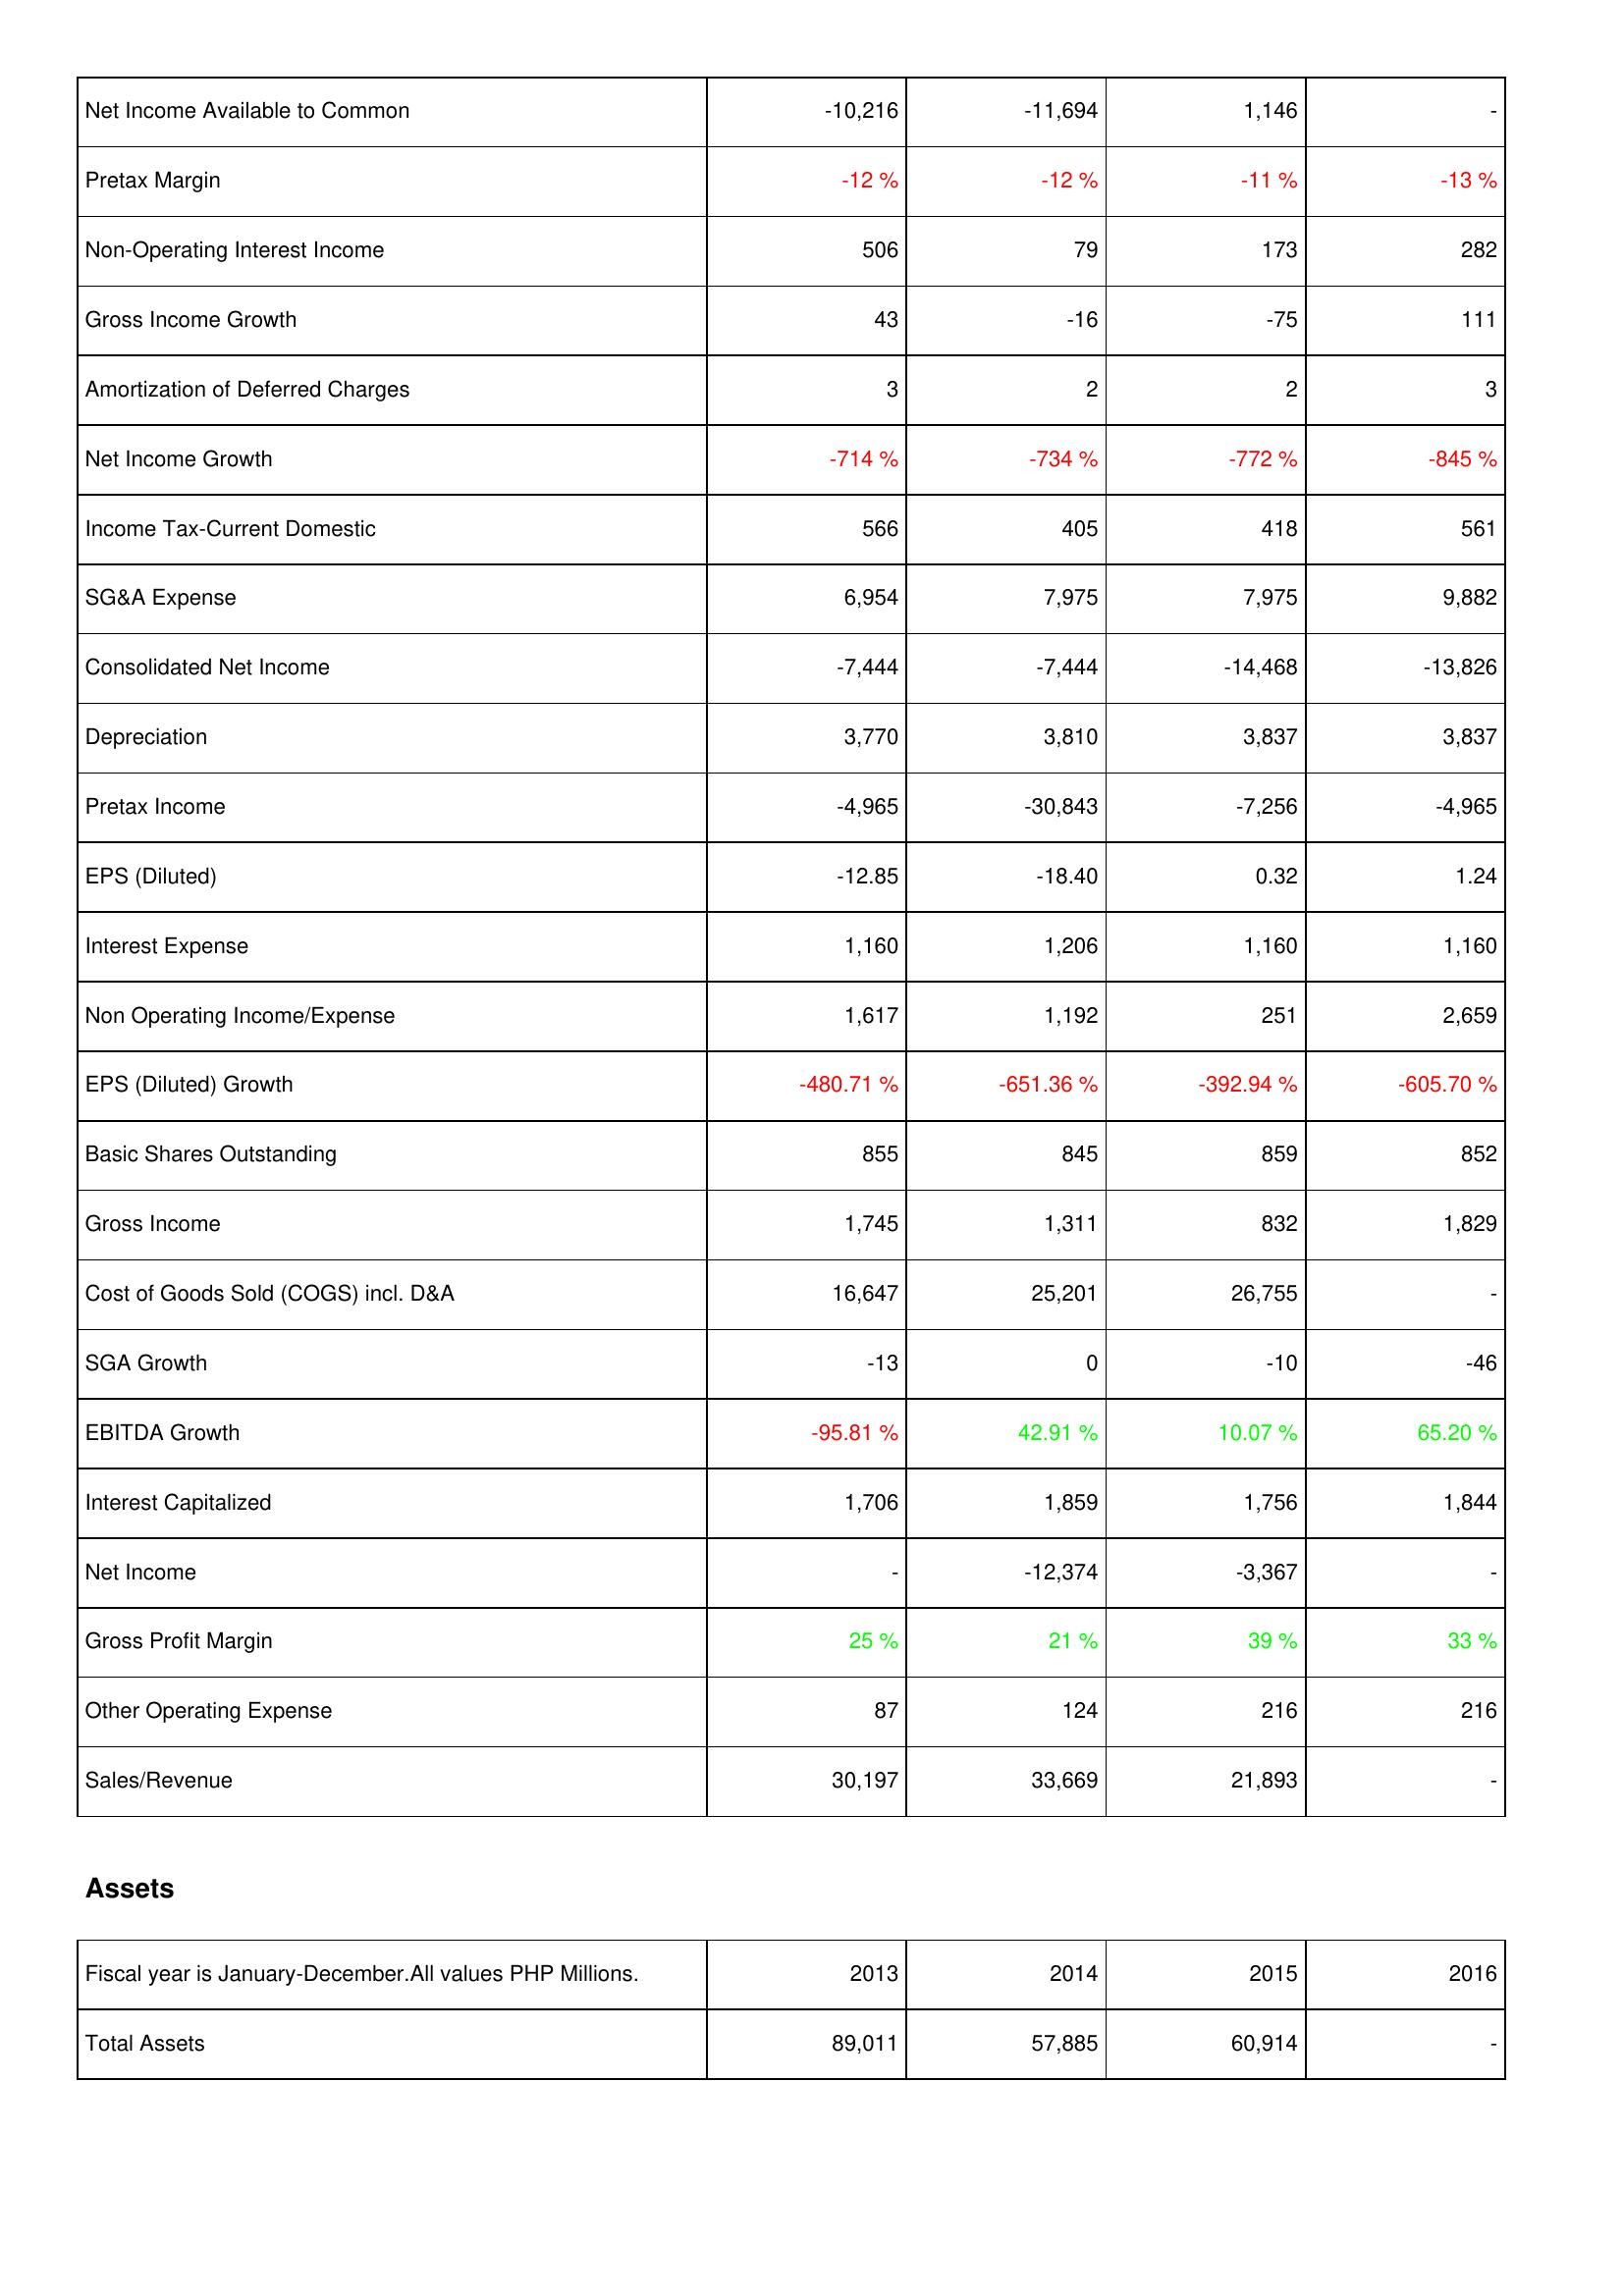
2013: Income Statement: Net Income Available to Common: -10,216
Pretax Margin: -12 %
Non-Operating Interest Income: 506
Gross Income Growth: 43
Amortization of Deferred Charges: 3
Net Income Growth: -714 %
Income Tax-Current Domestic: 566
SG&A Expense: 6,954
Consolidated Net Income: -7,444
Depreciation: 3,770
Pretax Income: -4,965
EPS (Diluted): -12.85
Interest Expense: 1,160
Non Operating Income/Expense: 1,617
EPS (Diluted) Growth: -480.71 %
Basic Shares Outstanding: 855
Gross Income: 1,745
Cost of Goods Sold (COGS) incl. D&A: 16,647
SGA Growth: -13
EBITDA Growth: -95.81 %
Interest Capitalized: 1,706
Net Income: -
Gross Profit Margin: 25 %
Other Operating Expense: 87
Sales/Revenue: 30,197
Assets: Total Assets: 89,011
2014: Income Statement: Net Income Available to Common: -11,694
Pretax Margin: -12 %
Non-Operating Interest Income: 79
Gross Income Growth: -16
Amortization of Deferred Charges: 2
Net Income Growth: -734 %
Income Tax-Current Domestic: 405
SG&A Expense: 7,975
Consolidated Net Income: -7,444
Depreciation: 3,810
Pretax Income: -30,843
EPS (Diluted): -18.40
Interest Expense: 1,206
Non Operating Income/Expense: 1,192
EPS (Diluted) Growth: -651.36 %
Basic Shares Outstanding: 845
Gross Income: 1,311
Cost of Goods Sold (COGS) incl. D&A: 25,201
SGA Growth: 0
EBITDA Growth: 42.91 %
Interest Capitalized: 1,859
Net Income: -12,374
Gross Profit Margin: 21 %
Other Operating Expense: 124
Sales/Revenue: 33,669
Assets: Total Assets: 57,885
2015: Income Statement: Net Income Available to Common: 1,146
Pretax Margin: -11 %
Non-Operating Interest Income: 173
Gross Income Growth: -75
Amortization of Deferred Charges: 2
Net Income Growth: -772 %
Income Tax-Current Domestic: 418
SG&A Expense: 7,975
Consolidated Net Income: -14,468
Depreciation: 3,837
Pretax Income: -7,256
EPS (Diluted): 0.32
Interest Expense: 1,160
Non Operating Income/Expense: 251
EPS (Diluted) Growth: -392.94 %
Basic Shares Outstanding: 859
Gross Income: 832
Cost of Goods Sold (COGS) incl. D&A: 26,755
SGA Growth: -10
EBITDA Growth: 10.07 %
Interest Capitalized: 1,756
Net Income: -3,367
Gross Profit Margin: 39 %
Other Operating Expense: 216
Sales/Revenue: 21,893
Assets: Total Assets: 60,914
2016: Income Statement: Net Income Available to Common: -
Pretax Margin: -13 %
Non-Operating Interest Income: 282
Gross Income Growth: 111
Amortization of Deferred Charges: 3
Net Income Growth: -845 %
Income Tax-Current Domestic: 561
SG&A Expense: 9,882
Consolidated Net Income: -13,826
Depreciation: 3,837
Pretax Income: -4,965
EPS (Diluted): 1.24
Interest Expense: 1,160
Non Operating Income/Expense: 2,659
EPS (Diluted) Growth: -605.70 %
Basic Shares Outstanding: 852
Gross Income: 1,829
Cost of Goods Sold (COGS) incl. D&A: -
SGA Growth: -46
EBITDA Growth: 65.20 %
Interest Capitalized: 1,844
Net Income: -
Gross Profit Margin: 33 %
Other Operating Expense: 216
Sales/Revenue: -
Assets: Total Assets: -